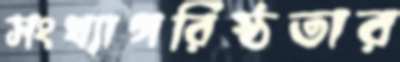
সংখ্যাগরিষ্ঠতার